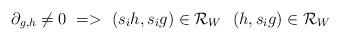
LaTeX: \begin{align*}\partial_{g,h}\ne 0 ~=> ~ (s_ih,s_ig)\in {\mathcal R}_W~~(h,s_ig)\in {\mathcal R}_W\end{align*}